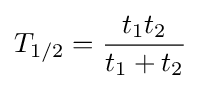
T_{1/2}={\frac {t_{1}t_{2}}{t_{1}+t_{2}}}